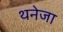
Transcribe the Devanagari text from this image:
थनेजा